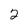
Character: 2